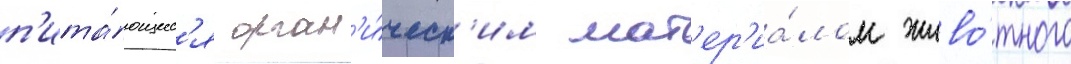
п'ита́ющиес'я орган'и́ческ'им мат'ер'иа́лом живо́тного